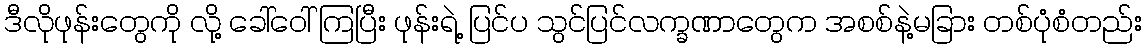
ဒီလိုဖုန်းတွေကို လို့ ခေါ်ဝေါ် ကြပြီး ဖုန်းရဲ့ ပြင်ပ သွင်ပြင်လက္ခဏာတွေက အစစ်နဲ့မခြား တစ်ပုံစံတည်း